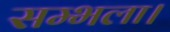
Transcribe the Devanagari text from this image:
सम्भला।